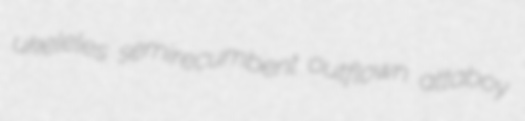
ukeleles semirecumbent outflown attaboy